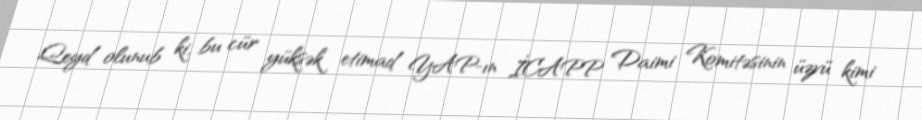
Qeyd olunub ki, bu cür yüksək etimad YAP-ın İCAPP Daimi Komitəsinin üzvü kimi